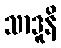
သာဒူနိ